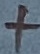
Text: +